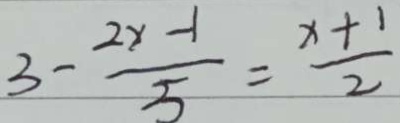
3 - \frac { 2 x - 1 } { 5 } = \frac { x + 1 } { 2 }